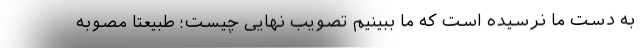
به دست ما نرسیده است که ما ببینیم تصویب نهایی چیست؛ طبیعتاً مصوبه